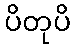
ပိတုပိ